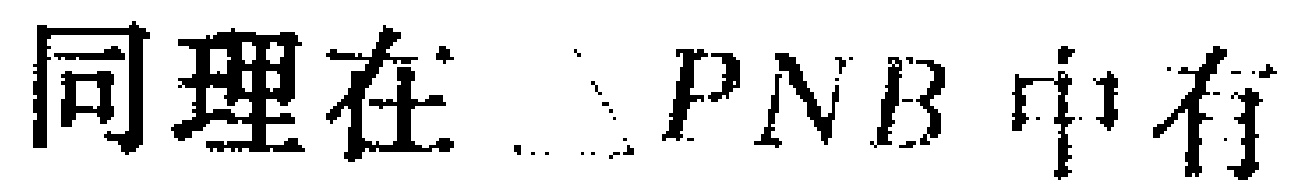
同理在 \(\triangle PNB\) 中有